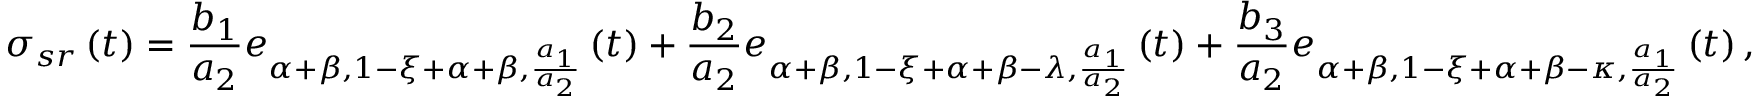
\sigma _ { s r } \left( t \right) = \frac { b _ { 1 } } { a _ { 2 } } e _ { \alpha + \beta , 1 - \xi + \alpha + \beta , \frac { a _ { 1 } } { a _ { 2 } } } \left( t \right) + \frac { b _ { 2 } } { a _ { 2 } } e _ { \alpha + \beta , 1 - \xi + \alpha + \beta - \lambda , \frac { a _ { 1 } } { a _ { 2 } } } \left( t \right) + \frac { b _ { 3 } } { a _ { 2 } } e _ { \alpha + \beta , 1 - \xi + \alpha + \beta - \kappa , \frac { a _ { 1 } } { a _ { 2 } } } \left( t \right) ,